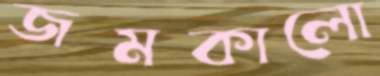
জমকালো